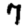
Digit: 7